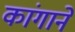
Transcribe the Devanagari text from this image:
कांगाने